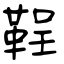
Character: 鞓